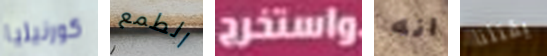
كورنيليا الطمع واستخرج انه يقتلنا